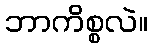
ဘာကိစ္စလဲ။